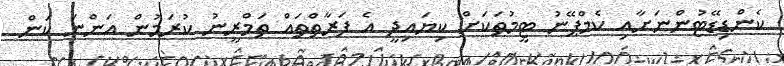
ކެންޑިޑޭޓުންނަށާއި ކެމްޕޭނު ޓީމުތަކަށް ކިޔައިދީ އެ ފަރާތްތައް ތަމްރީނު ކުރަމުން އަންނަ ކަން